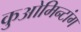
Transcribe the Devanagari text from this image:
कुओमिन्टांग